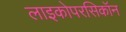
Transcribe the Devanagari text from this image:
लाइकोपरसिकॉन